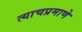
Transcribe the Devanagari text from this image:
त्‍याचप्रमाणे